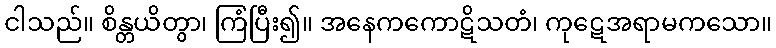
ငါသည်။ စိန္တယိတွာ၊ ကြံပြီး၍။ အနေကကောဋိသတံ၊ ကုဋေအရာမကသော။